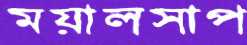
ময়ালসাপ